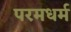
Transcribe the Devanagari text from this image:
परमधर्म